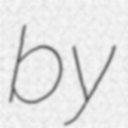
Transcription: by